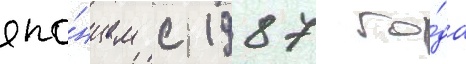
япо́нцем с 1987 го́да